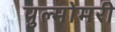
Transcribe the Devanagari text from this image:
पुल्मोमरी